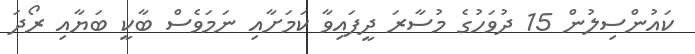
ކައުންސިލުން 15 ދުވަހުގެ މުސާރަ ދީފައިވާ ކަމަށާއި ނަމަވެސް ބާކީ ބަޔާއި ރޯދަ